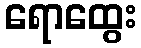
ရောထွေး